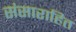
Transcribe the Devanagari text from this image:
संसाराहित